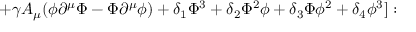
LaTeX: + \gamma A _ { \mu } ( \phi \partial ^ { \mu } \Phi - \Phi \partial ^ { \mu } \phi ) + \delta _ { 1 } \Phi ^ { 3 } + \delta _ { 2 } \Phi ^ { 2 } \phi + \delta _ { 3 } \Phi \phi ^ { 2 } + \delta _ { 4 } \phi ^ { 3 } ] :